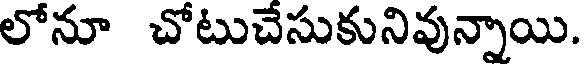
లోనూ చోటుచేసుకునివున్నాయి.